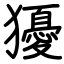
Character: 獶